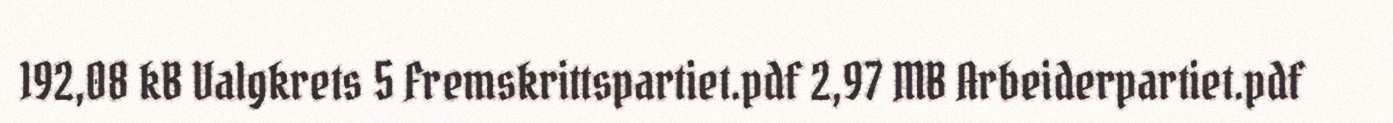
192,08 kB Valgkrets 5 Fremskrittspartiet.pdf 2,97 MB Arbeiderpartiet.pdf